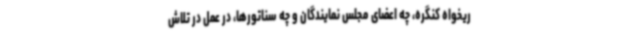
ریخواه کنگره، چه اعضای مجلس نمایندگان و چه سناتورها، در عمل در تلاش